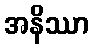
အနိဿာ